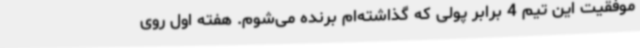
موفقیت این تیم 4 برابر پولی که گذاشته‌ام برنده می‌شوم. هفته اول روی